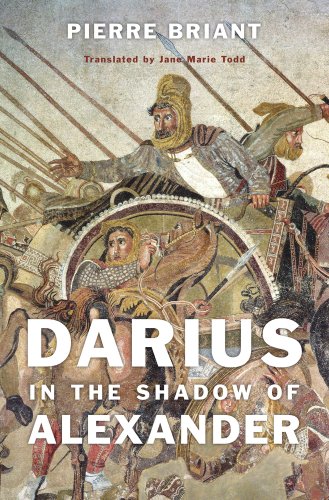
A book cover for Darius in the Shadow of Alexander; Pierre Briant; Biographies & Memoirs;